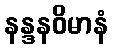
နန္ဒနဝိမာနံ